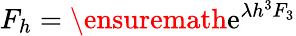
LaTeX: F_{h}=\ensuremath{\mathrm{e}}^{\lambda h^{3}F_{3}}